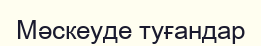
Мәскеуде туғандар